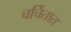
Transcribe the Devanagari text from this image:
चर्चितात